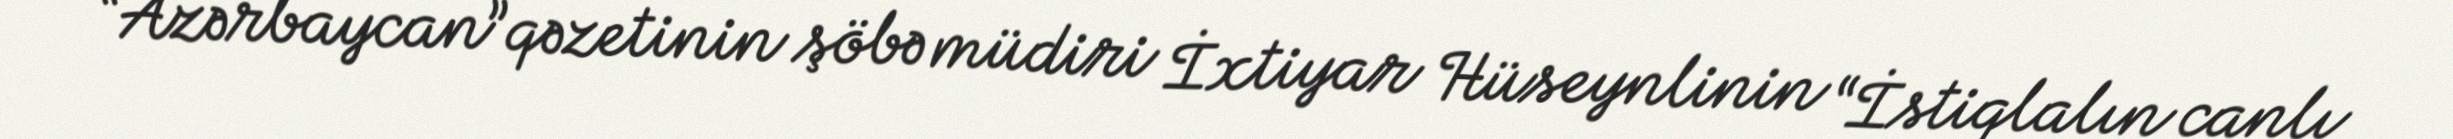
“Azərbaycan”qəzetinin şöbə müdiri İxtiyar Hüseynlinin “İstiqlalın canlı